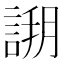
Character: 𧩝